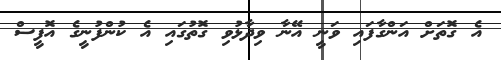
އެ ގޮތަށް އަންގާފައި ވަނީ އޭނާ ވިދާޅުވި ގޮތުގައި އެ ކުންފުނީގެ އޮފީސް